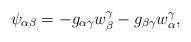
LaTeX: \begin{align*}\psi_{\alpha\beta} = - g_{\alpha\gamma}w^{\gamma}_{\beta} - g_{\beta\gamma} w^{\gamma}_{\alpha},\end{align*}